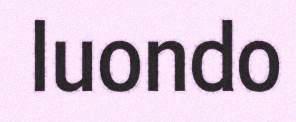
luondo